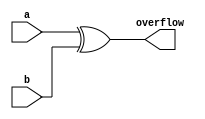
`timescale 1ns / 1ps
//////////////////////////////////////////////////////////////////////////////////
// Company: 
// Engineer: 
// 
// Design Name: 
// Module Name:    OverFlowDection 
// Project Name: 
// Target Devices: 
// Tool versions: 
// Description: 
//
// Dependencies: 
//
// Revision: 
// Revision 0.01 - File Created
// Additional Comments: 
//
//////////////////////////////////////////////////////////////////////////////////
module OverflowDetection(a,b,overflow);
input a,b;
output overflow;



assign overflow=a^b;


endmodule